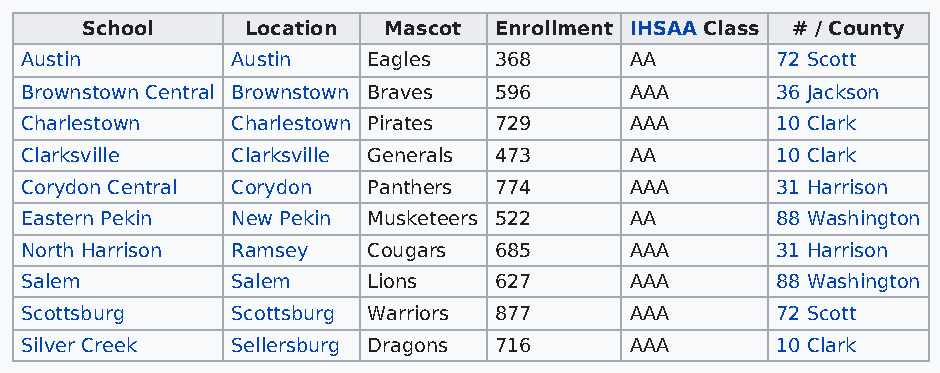
School     Location Mascot  Enrollment IHSAA Class # / County
 Austin        Austin   Eagles   368      AA       72 Scott
 Brownstown Central Brownstown Braves 596 AAA      36 Jackson
 Charlestown   Charlestown Pirates 729    AAA      10 Clark
 Clarksville   Clarksville Generals 473   AA       10 Clark
 Corydon Central Corydon Panthers 774     AAA      31 Harrison
 Eastern Pekin New Pekin Musketeers 522   AA       88 Washington
 North Harrison Ramsey  Cougars  685      AAA      31 Harrison
 Salem         Salem    Lions    627      AAA      88 Washington
 Scottsburg    Scottsburg Warriors 877    AAA      72 Scott
 Silver Creek  Sellersburg Dragons 716    AAA      10 Clark